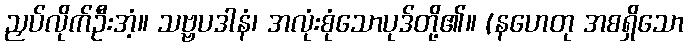
ညှပ်လိုက်ဦးအံ့။ သဗ္ဗပဒါနံ၊ အလုံးစုံသောပုဒ်တို့၏။ (နဟေတု အစရှိသော